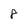
Character: 8